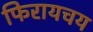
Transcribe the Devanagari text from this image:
फिरायचय